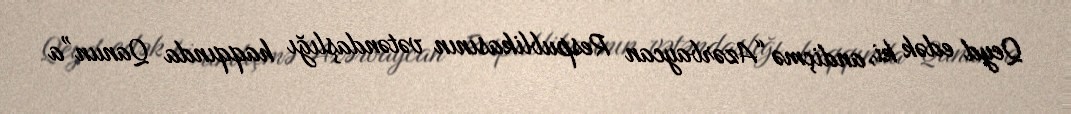
Qeyd edək ki, andiçmə “Azərbaycan Respublikasının vətəndaşlığı haqqında Qanun”a